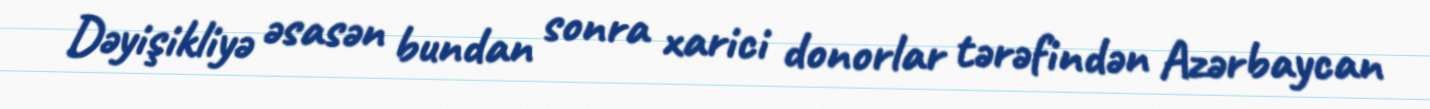
Dəyişikliyə əsasən bundan sonra xarici donorlar tərəfindən Azərbaycan